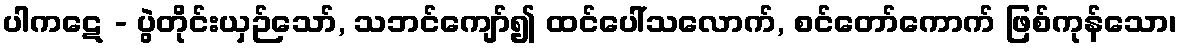
ပါကဋေ - ပွဲတိုင်းယှဉ်သော်, သဘင်ကျော်၍ ထင်ပေါ်သလောက်, စင်တော်ကောက် ဖြစ်ကုန်သော၊